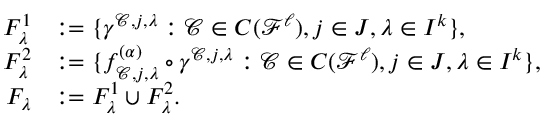
\begin{array} { r l } { F _ { \lambda } ^ { 1 } } & { : = \{ \gamma ^ { \mathcal { C } , j , \lambda } : \mathcal { C } \in C ( \mathscr { F } ^ { \ell } ) , j \in J , \lambda \in I ^ { k } \} , } \\ { F _ { \lambda } ^ { 2 } } & { : = \{ f _ { \mathcal { C } , j , \lambda } ^ { ( \alpha ) } \circ \gamma ^ { \mathcal { C } , j , \lambda } : \mathcal { C } \in C ( \mathscr { F } ^ { \ell } ) , j \in J , \lambda \in I ^ { k } \} , } \\ { F _ { \lambda } } & { : = F _ { \lambda } ^ { 1 } \cup F _ { \lambda } ^ { 2 } . } \end{array}